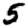
Digit: 5